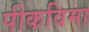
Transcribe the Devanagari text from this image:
पीकविमा